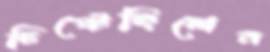
চিপ্‌টেছিলেন